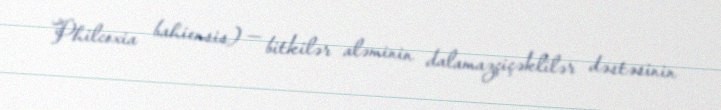
Philcoxia bahiensis) — bitkilər aləminin dalamazçiçəklilər dəstəsinin